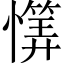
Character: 𱟕